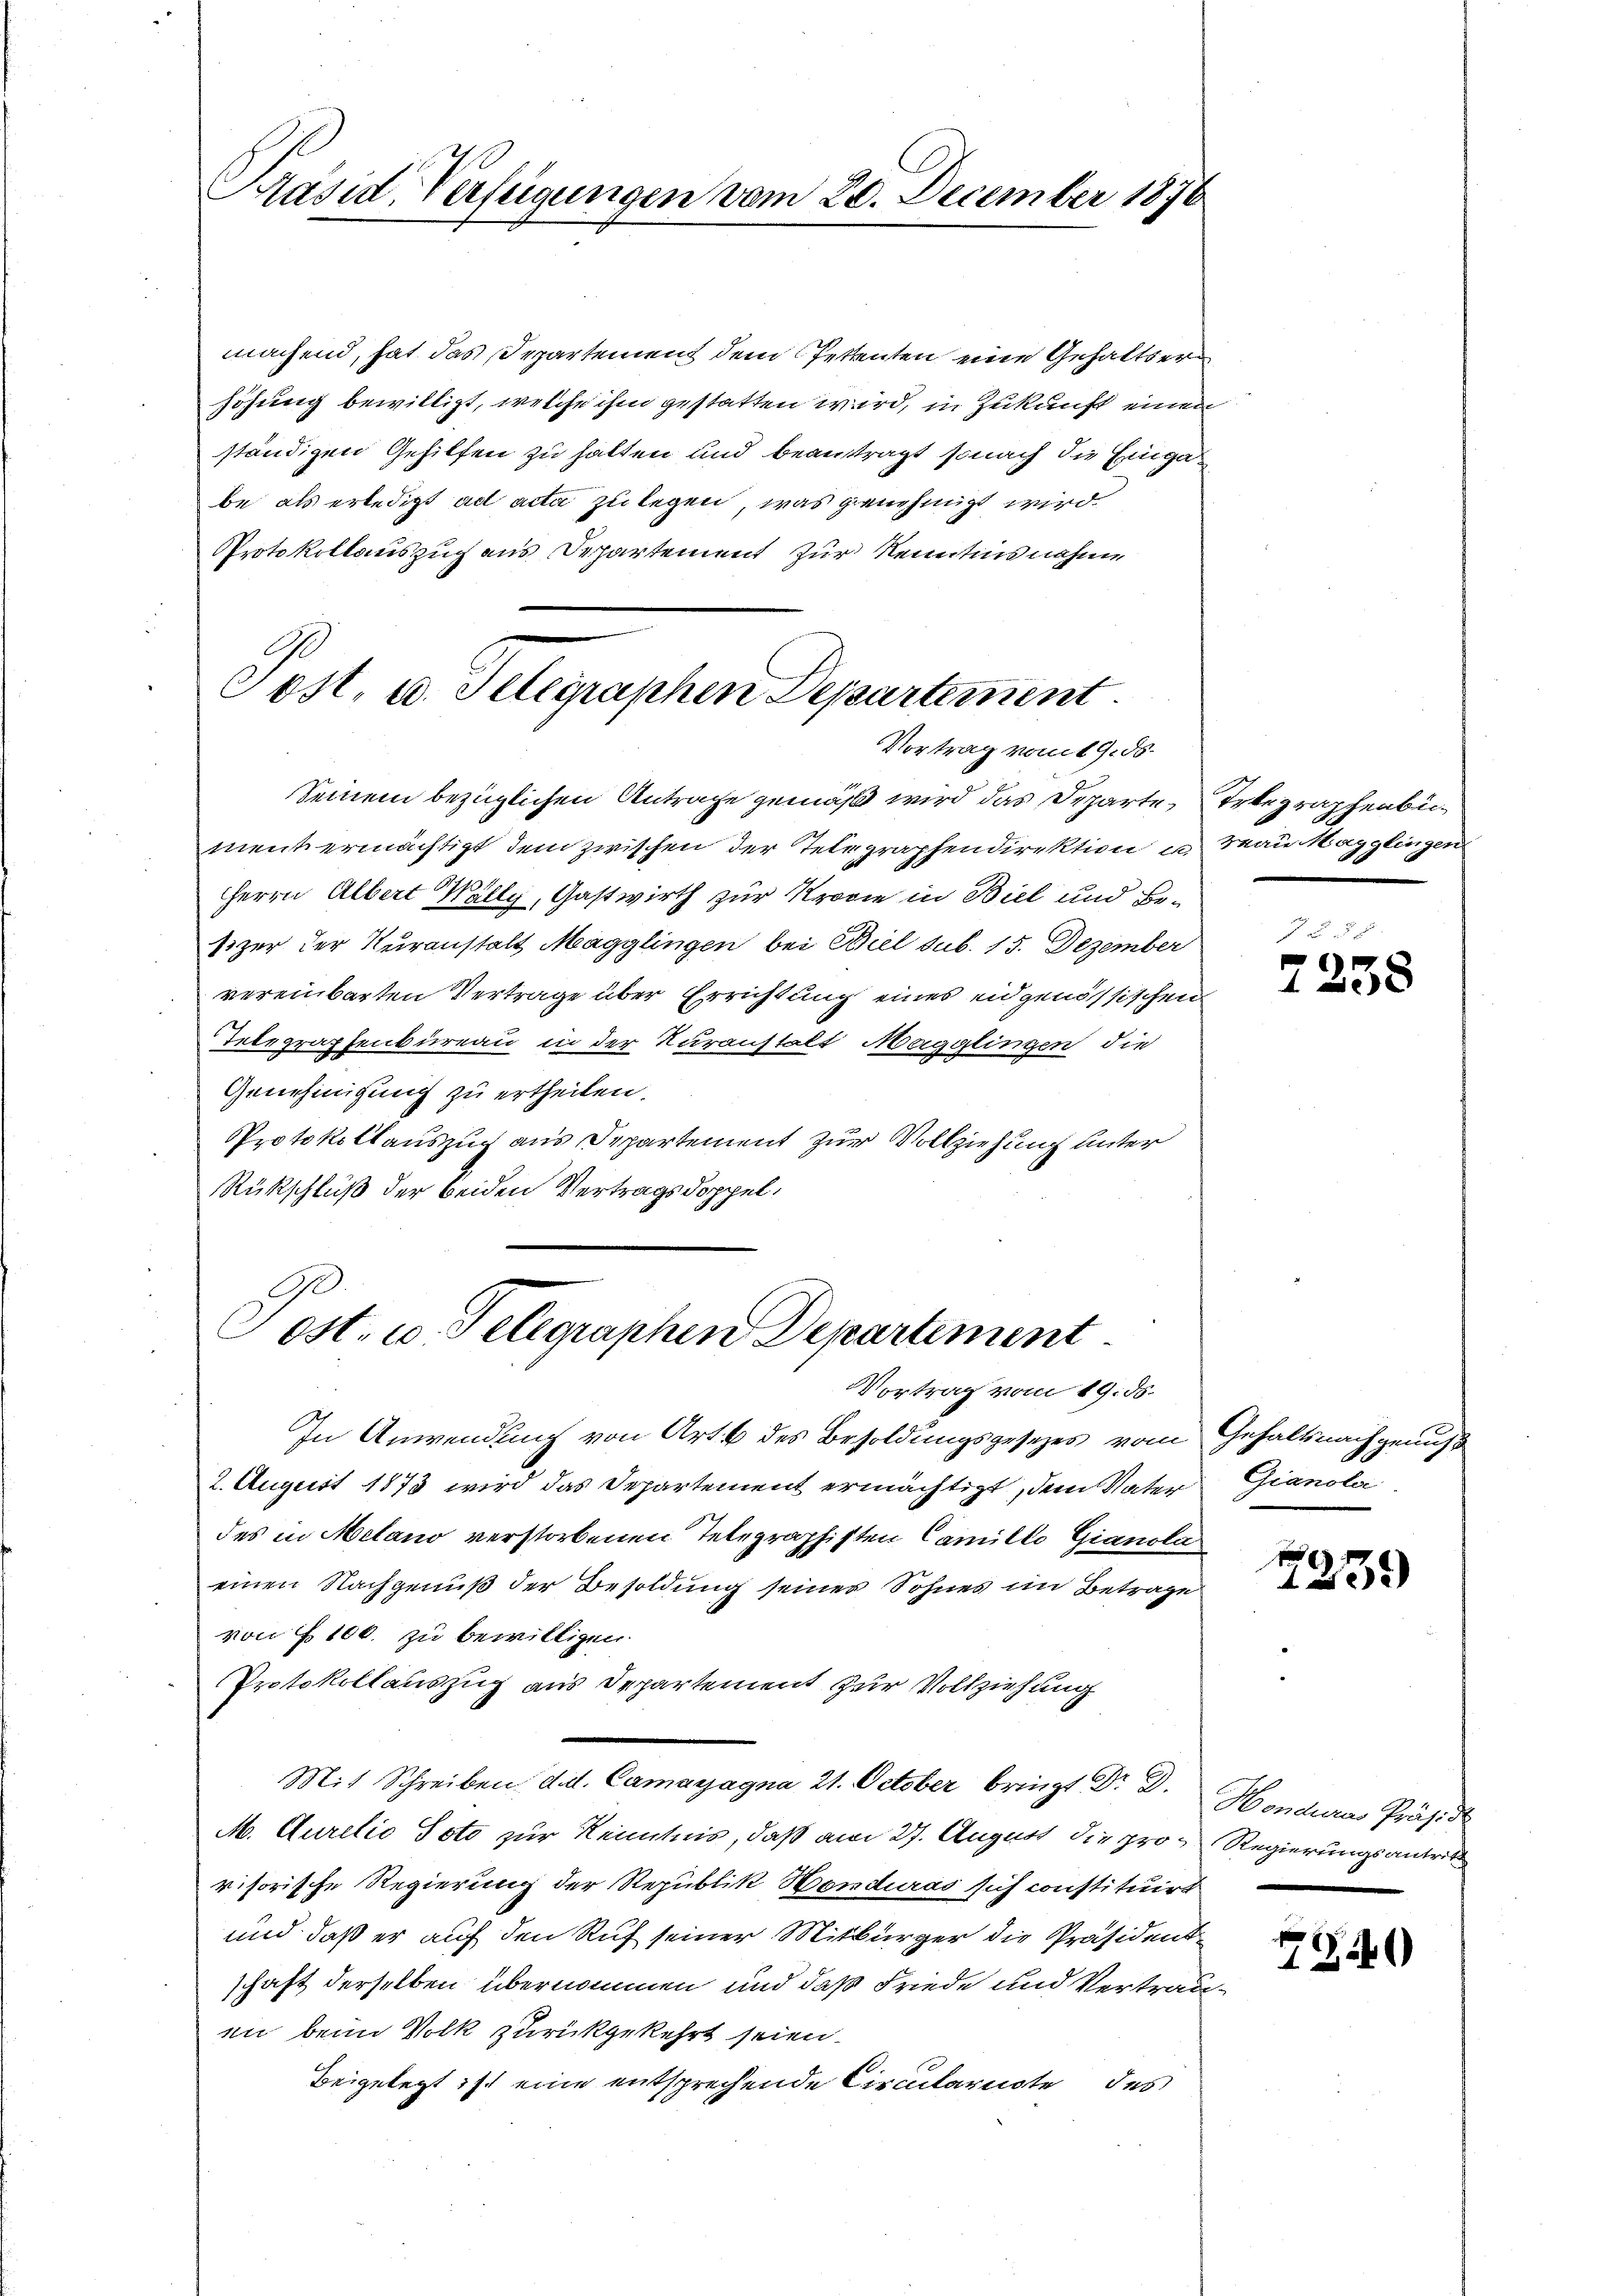
Präsid. Verfügungen vom 20. December 1876

machend, hat das Departement dem Petenten eine Gehaltserhöhung bewilligt, welche ihm gestatten wird, in Zukunft einen
ständigen Gehilfen zu halten und beantragt, sonach die Eingabe als erledigt ad acta zu legen, was genehmigt wird.
Protokollauszug aus Departement zur Kenntnisnahme

Post, u. Selegraphen Departement
Vortrag vom 19. ds.

Post. u. Telegraphen Departement
Vortrag vom 19. ds.

Seinem bezüglichen Antrage gemäß wird das Departe
ment ermächtigt dem zwischen der Telegraphendirektion in Frau Magglingen
Herrn Albert Wally, Gastwirth zur Krogie in Biel und Besizer der Kuranstalt Magglingen bei Biel sub. 15. Dezember
vereinbarten Vertrage über Errichtung eines eidgenössischen
Telegraphenbureau in der Kuranstalt Magglingen die
Genehmigung zu ertheilen.
Protokollauszug aus Departement zur Vollziehung unter
Rückschluß der beiden Vertragsdoppel¬

In Anwendung von Art. 6 des Besoldungsgesezes vom Gehaltsnachgenuß
2. August 1873 wird das Departement ermächtigt, dem Vater Gianola
des in Melano verstorbenen Telegraphisten Camilio Gianola
einen Nachgenuß der Besoldung seiner Sohnes im Betrage
von 100. zu bewilligen.
Protokollauszug aus Departement zur Vollziehung
Mit Schreiben d. d. Camayagna 21. October bringt Dr. Dr. Hondura Präsid
M. Aurelio Voto zur Kenntnis, daß am 27. August die pro Regierungsantrit
visorische Regierung der Republik Honduras sich constituirt
und daß er auf den Ruf seiner Mitbürger die Präsidentschaft derselben übernommen und daß Friede und Vertrau
en beim Volk zurückgekehrt seien.
Beigelegt ist eine entsprechende Circulariste des

Trbegraphenbe¬

e

7258

7231)

7240